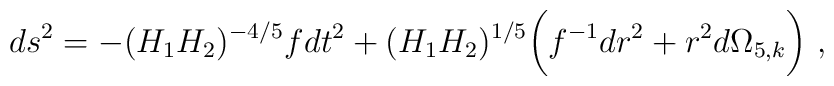
ds^2 = - {(H_1H_2)^{-{4/5}}} f dt^2 +  (H_1H_2)^{1/5} 	\bigg(f^{-1} {dr^2} + 	r^2 d\Omega_{5,k} \bigg) \ ,